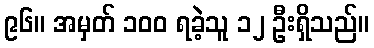
၉၆။ အမှတ် ၁၀၀ ရခဲ့သူ ၁၂ ဦးရှိသည်။